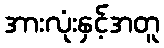
အားလုံးနှင့်အတူ